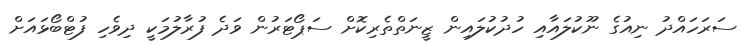
ސަރަހައްދު ނިއުގެ ނޫކުލައާއި ހުދުކުލައިން ޒީނަތްތެރިކޮށް ސަޕޯޓަރުން ވަދެ ފުރާލުމަކީ ދިވެހި ފުޓްބޯޅައަށް